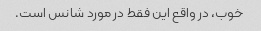
خوب، در واقع این فقط در مورد شانس است.